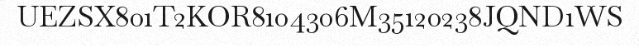
UEZSX801T2KOR8104306M35120238JQND1WS